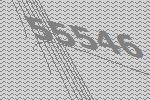
55546